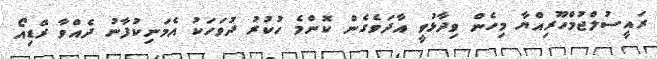
ރައީސުލްޖުމްހޫރިއްޔާ މިހެން ވިދާޅުވީ އާދަވެގެން ކޮންމެ ހުކުރު ދުވަހަކު އެމަނިކުފާނު ދެއްވާ ރޭޑިއޯ